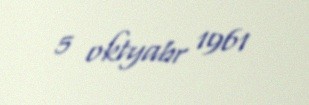
5 oktyabr 1961